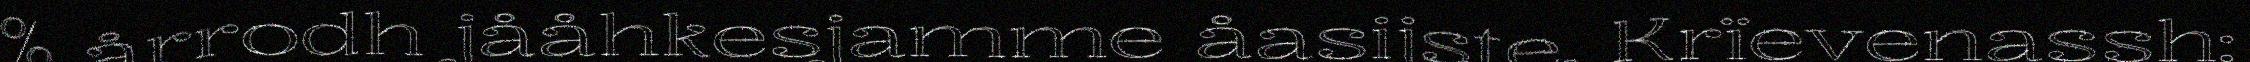
% årrodh jååhkesjamme åasijste. Krïevenassh: